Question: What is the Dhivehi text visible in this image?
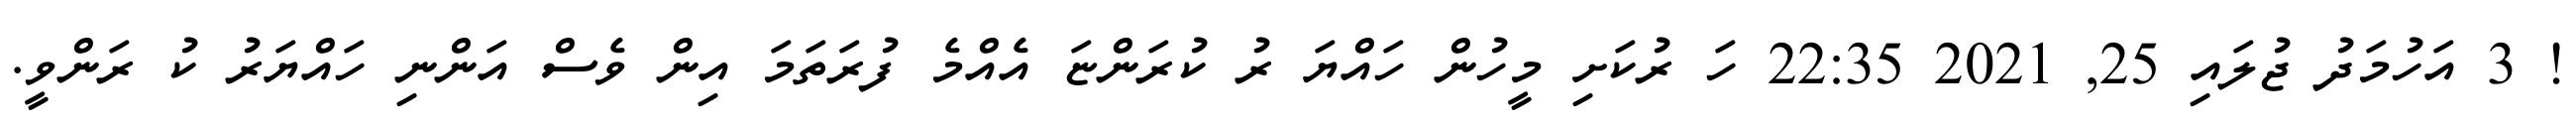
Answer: ! 3 އަހުމަދު ޖުލައި 25, 2021 22:35 ހަ ރުކަށި މީހުން ހައްޔަ ރު ކުރަންޏަ އެއްމެ ފުރަތަމަ އިން ވެސް އަންނި ހައްޔަރު ކު ރަންވީ.